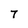
Character: 7